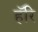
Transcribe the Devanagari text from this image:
हॅरि